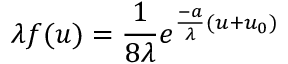
\lambda f ( u ) = \frac 1 { 8 \lambda } e ^ { \frac { - a } { \lambda } ( u + u _ { 0 } ) }